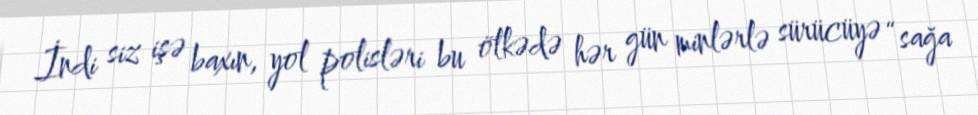
İndi siz işə baxın, yol polisləri bu ölkədə hər gün minlərlə sürücüyə “sağa